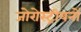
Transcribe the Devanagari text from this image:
जोरोस्ट्रीयनों